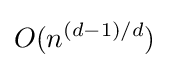
O(n^{(d-1)/d})